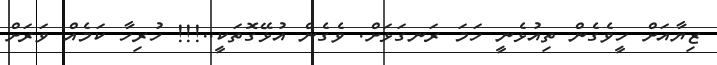
ޒިޔާއަށް ހީވެގެން ތިއުޅެނީ ހަމަ ރަނގަޅަށް. ވެގެން އުޅޭގޮތަކީ..!!! ހުރިހާ ކަމެއް ވަރަށް